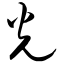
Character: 光